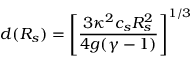
d ( { \cal R } _ { s } ) = \left[ \frac { 3 \kappa ^ { 2 } c _ { s } { \cal R } _ { s } ^ { 2 } } { 4 g ( \gamma - 1 ) } \right] ^ { 1 / 3 }